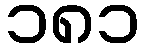
၁၈၁